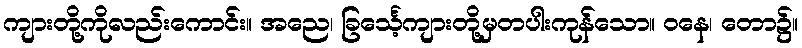
ကျားတို့ကိုလည်းကောင်း။ အညေ၊ ခြင်္သေ့ကျားတို့မှတပါးကုန်သော။ ဝနေ၊ တော၌။